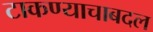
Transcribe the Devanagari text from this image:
टाकण्याचाबदल